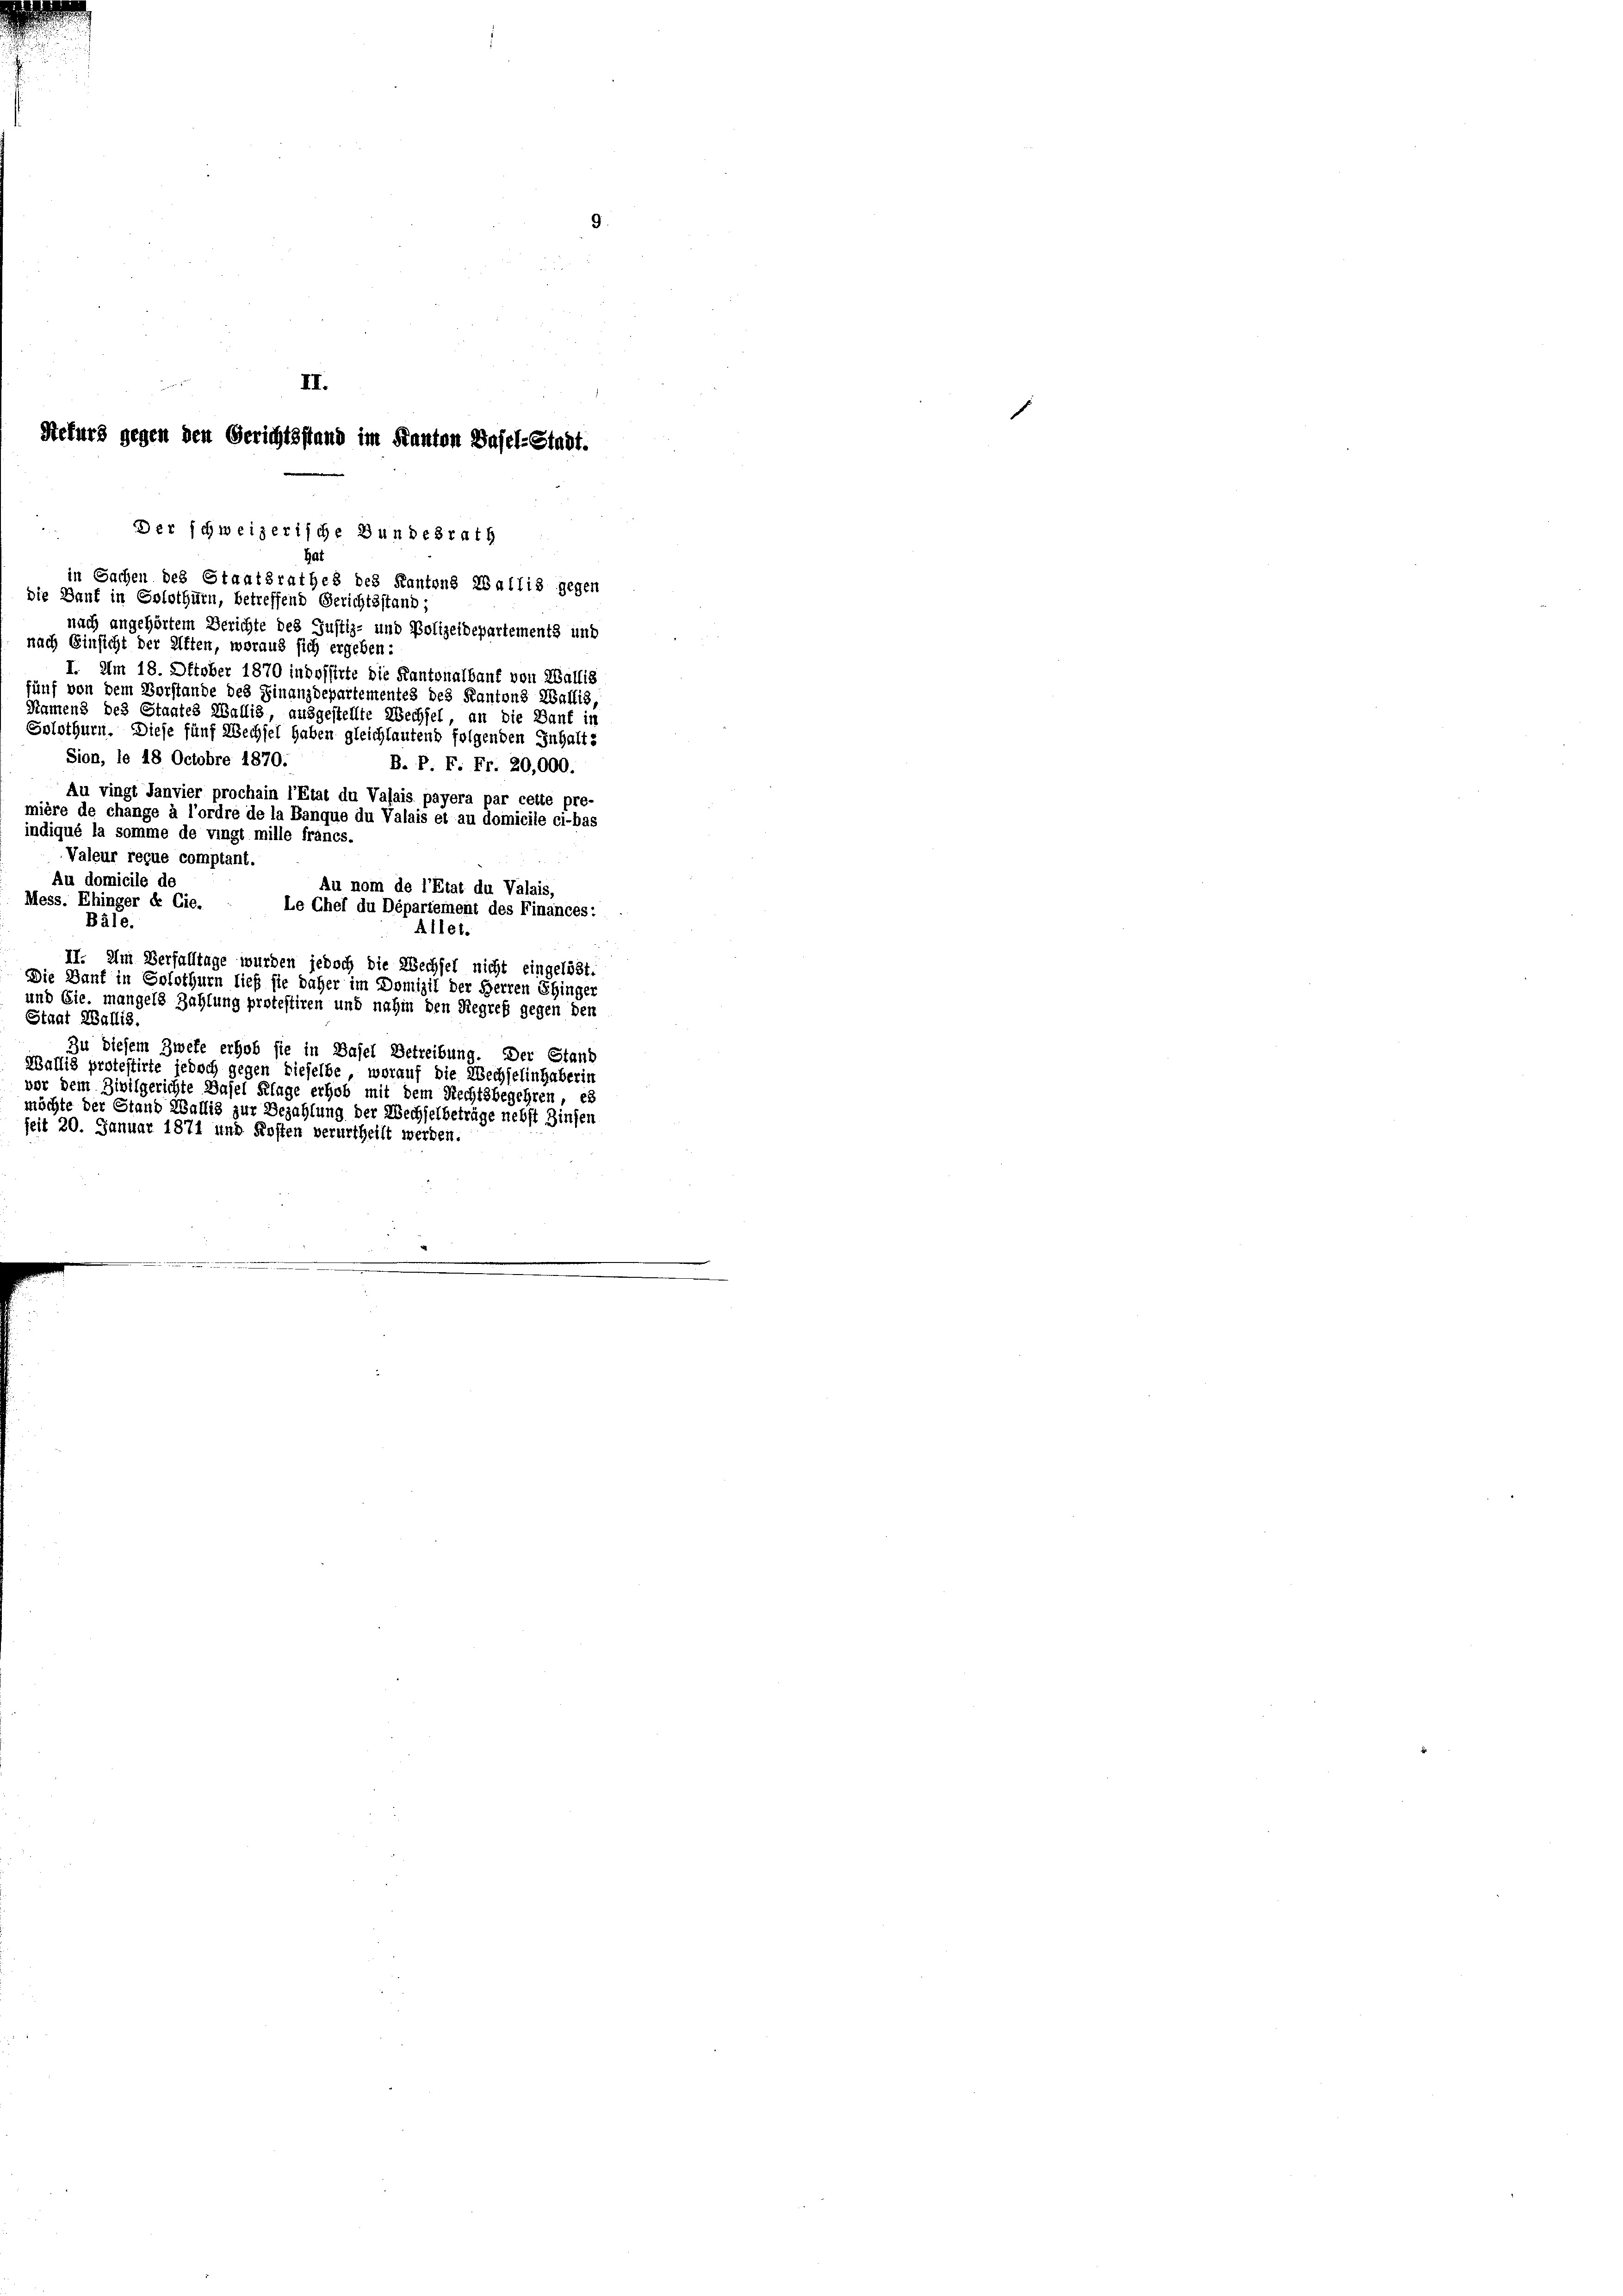
II.
Rekurs gegen den Gerichtsstand im Kanton Basel-Stadt.

Der schweizerische Bundesrath
hat
in Sachen des Staatsrathes des Kantons Wallis gegen
die Bank in Solothurn, betreffend Gerichtsstand;
nach angehörtem Gerichte des Justiz- und Polizeidepartements und
nach Einsicht der Elften, woraus sich ergeben:
I. Am 18. Oktober 1870 indossirte die Kantonalbauf von Wallis
fünf von dem Vorstande des Finanzdepartementes des Kantons Wallis,
Namens des Staates Wallis, ausgestellte Wechsel, an die Banf in
Solothurn. Diese fünf Wechsel haben gleichlautend folgenden Inhalts
Sion, le 18 Octobre 1870.
B. P. F. Fr. 20,000.
Au vingt Janvier prochain l’Etat du Valais payera par cette pre-
mière de change à l’ordre de la Banque du Valais et au domicile ci-bas
indiqué la somme de vingt mille francs.
Valeur reçue comptant.
Au domicile de
Au nom de l’Etat du Valais,
ess. Ehinger & Cie.
Le Chef du Département des Finances:
Bäle.
Aller.
II. Im Verfalltage wurden jedoch die Wechsel nicht eingelöst:
Die Dank in Solothurn ließ sie daher im Domizil der Herren Shinger
und Cie, mangels Zahlung protestiren und nahm den Regreß gegen den
Staat Wallis.
Zu diesem Zweke erhob sie in Basel Betreibung. Der Stand
Wallis protestirte jedoch gegen Dieselbe, worauf die Wechselinhaberin
or dem Zivilgerichte Dasel Klage erhob mit dem Rechtsbegehren, es
nöchte der Stand Wallis zur Bezahlung der Wechselbeträge nebst Zinsen
it 20. Januar 1871 und Kosten verurtheilt werden.